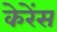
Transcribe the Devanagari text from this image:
केरेंस